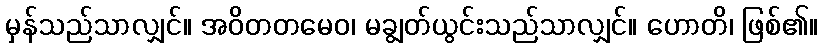
မှန်သည်သာလျှင်။ အဝိတတမေဝ၊ မချွတ်ယွင်းသည်သာလျှင်။ ဟောတိ၊ ဖြစ်၏။